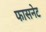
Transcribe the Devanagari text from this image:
फासनेट